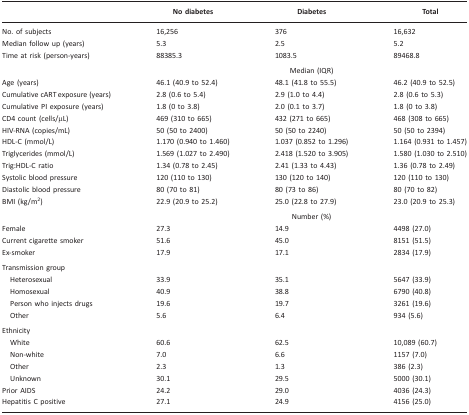
<table><thead><tr><td></td><td><b>No diabetes</b></td><td><b>Diabetes</b></td><td><b>Total</b></td></tr></thead><tbody><tr><td>No. of subjects</td><td>16,256</td><td>376</td><td>16,632</td></tr><tr><td>Median follow up (years)</td><td>5.3</td><td>2.5</td><td>5.2</td></tr><tr><td>Time at risk (person-years)</td><td>88385.3</td><td>1083.5</td><td>89468.8</td></tr><tr><td></td><td colspan="3">Median (IQR)</td></tr><tr><td>Age (years)</td><td>46.1 (40.9 to 52.4)</td><td>48.1 (41.8 to 55.5)</td><td>46.2 (40.9 to 52.5)</td></tr><tr><td>Cumulative cART exposure (years)</td><td>2.8 (0.6 to 5.4)</td><td>2.9 (1.0 to 4.4)</td><td>2.8 (0.6 to 5.3)</td></tr><tr><td>Cumulative PI exposure (years)</td><td>1.8 (0 to 3.8)</td><td>2.0 (0.1 to 3.7)</td><td>1.8 (0 to 3.8)</td></tr><tr><td>CD4 count (cells/μL)</td><td>469 (310 to 665)</td><td>432 (271 to 665)</td><td>468 (308 to 665)</td></tr><tr><td>HIV-RNA (copies/mL)</td><td>50 (50 to 2400)</td><td>50 (50 to 2240)</td><td>50 (50 to 2394)</td></tr><tr><td>HDL-C (mmol/L)</td><td>1.170 (0.940 to 1.460)</td><td>1.037 (0.852 to 1.296)</td><td>1.164 (0.931 to 1.457)</td></tr><tr><td>Triglycerides (mmol/L)</td><td>1.569 (1.027 to 2.490)</td><td>2.418 (1.520 to 3.905)</td><td>1.580 (1.030 to 2.510)</td></tr><tr><td>Trig:HDL-C ratio</td><td>1.34 (0.78 to 2.45)</td><td>2.41 (1.33 to 4.43)</td><td>1.36 (0.78 to 2.49)</td></tr><tr><td>Systolic blood pressure</td><td>120 (110 to 130)</td><td>130 (120 to 140)</td><td>120 (110 to 130)</td></tr><tr><td>Diastolic blood pressure</td><td>80 (70 to 81)</td><td>80 (73 to 86)</td><td>80 (70 to 82)</td></tr><tr><td>BMI (kg/m<sup>2</sup>)</td><td>22.9 (20.9 to 25.2)</td><td>25.0 (22.8 to 27.9)</td><td>23.0 (20.9 to 25.3)</td></tr><tr><td></td><td colspan="3">Number (%)</td></tr><tr><td>Female</td><td>27.3</td><td>14.9</td><td>4498 (27.0)</td></tr><tr><td>Current cigarette smoker</td><td>51.6</td><td>45.0</td><td>8151 (51.5)</td></tr><tr><td>Ex-smoker</td><td>17.9</td><td>17.1</td><td>2834 (17.9)</td></tr><tr><td>Transmission group</td><td></td><td></td><td></td></tr><tr><td> Heterosexual</td><td>33.9</td><td>35.1</td><td>5647 (33.9)</td></tr><tr><td> Homosexual</td><td>40.9</td><td>38.8</td><td>6790 (40.8)</td></tr><tr><td> Person who injects drugs</td><td>19.6</td><td>19.7</td><td>3261 (19.6)</td></tr><tr><td> Other</td><td>5.6</td><td>6.4</td><td>934 (5.6)</td></tr><tr><td>Ethnicity</td><td></td><td></td><td></td></tr><tr><td> White</td><td>60.6</td><td>62.5</td><td>10,089 (60.7)</td></tr><tr><td> Non-white</td><td>7.0</td><td>6.6</td><td>1157 (7.0)</td></tr><tr><td> Other</td><td>2.3</td><td>1.3</td><td>386 (2.3)</td></tr><tr><td> Unknown</td><td>30.1</td><td>29.5</td><td>5000 (30.1)</td></tr><tr><td>Prior AIDS</td><td>24.2</td><td>29.0</td><td>4036 (24.3)</td></tr><tr><td>Hepatitis C positive</td><td>27.1</td><td>24.9</td><td>4156 (25.0)</td></tr></tbody></table>